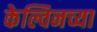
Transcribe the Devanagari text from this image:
केल्विनच्या